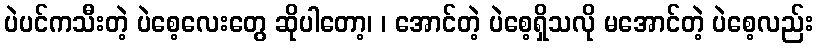
ပဲပင်ကသီးတဲ့ ပဲစေ့လေးတွေ ဆိုပါတော့၊ ၊ အောင်တဲ့ ပဲစေ့ရှိသလို မအောင်တဲ့ ပဲစေ့လည်း